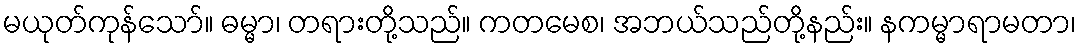
မယုတ်ကုန်သော်။ ဓမ္မာ၊ တရားတို့သည်။ ကတမေစ၊ အဘယ်သည်တို့နည်း။ နကမ္မာရာမတာ၊